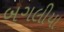
બગલીયા